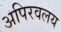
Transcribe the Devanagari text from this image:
अपिरवलय